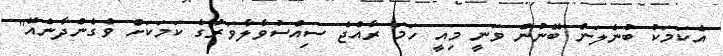
އެކަމަކު ބުނެލަން ބޭނުން ވަނީ މިއީ ހަމަ ރާއްޖެ ސިއްސުވާލާވަރުގެ ކަމަކަށް ވެގެންދާނެއޭ"